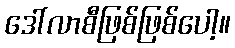
ဒေါ်လာစီဖြစ်ဖြစ်ပေါ့။